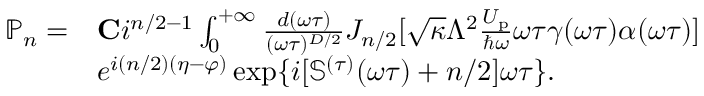
\begin{array} { r l } { \mathbb { P } _ { n } = } & { { \bf C } i ^ { n / 2 - 1 } \int _ { 0 } ^ { + \infty } \frac { d ( \omega \tau ) } { ( \omega \tau ) ^ { D / 2 } } J _ { n / 2 } [ \sqrt { \kappa } \Lambda ^ { 2 } \frac { U _ { \mathrm { p } } } { \hbar \omega } \omega \tau \gamma ( \omega \tau ) \alpha ( \omega \tau ) ] } \\ & { e ^ { i ( n / 2 ) ( \eta - \varphi ) } \exp \{ i [ \mathbb { S } ^ { ( \tau ) } ( \omega \tau ) + n / 2 ] \omega \tau \} . } \end{array}